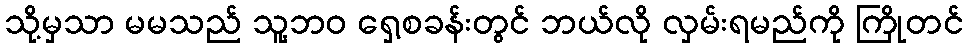
သို့မှသာ မမသည် သူ့ဘဝ ရှေ့စခန်းတွင် ဘယ်လို လှမ်းရမည်ကို ကြိုတင်